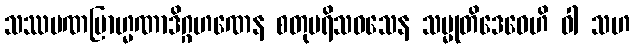
သဿမဏဗြာဟ္မဏာဒိဂ္ဂဟဏေန စတုပရိသဝသေန သမ္မုတိဒေဝေဟိ ဝါ သဟ